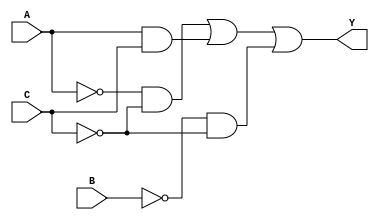
///// ELECTRNICA DIGITAL 1
///// AXEL MAZARIEGOS - 131212
///// 09 - AGOSTO - 2020
/////
///// LABORATORIO 04
///// EJERCIO 04


// EJERCICIO 01_01
// Funcin a implementar: Y = (A' * C') + (A * C) + (B' * C')

module operadores1_1(input wire A, B, C, output wire Y);

  assign Y = (~A & ~C) | (A & C) | (~B & ~C);

endmodule


// EJERCICIO 01_02
// Ecuacin a implementar: Y = B';

module gateLevel1_2(input wire B, output wire Y);

  not (Y, B);

endmodule


// EJERCICIO 01_03
// Ecuacin a implementar:
// Y = (A' * B' * C' * D') + (A' * B' * C * D) + (A' * B * C' * D) + (A' * B * C * D')
//    + (A * B * C' * D') + (A * B * C * D) + (A * B' * C' * D) + (A * B' * C * D');

module gateLevel1_3(input wire A, B, C, D, output wire Y);

  wire notA, notB, notC, notD, a1, a2, a3, a4, a5 ,a6, a7, a8;

  not (notA, A);
  not (notB, B);
  not (notC, C);
  not (notD, D);

  and (a1, notA, notB, notC, notD);
  and (a2, notA, notB,    C,    D);
  and (a3, notA,    B, notC,    D);
  and (a4, notA,    B,    C, notD);
  and (a5,    A,    B, notC, notD);
  and (a6,    A,    B,    C,    D);
  and (a7,    A, notB, notC,    D);
  and (a8,    A, notB,    C, notD);

  or  (Y, a1, a2, a3, a4, a5 ,a6, a7, a8);

  endmodule


// EJERCICIO 01_04
// Funcin a implementar: Y = (B' * D') + (B * D) + (A * B) + (A * C);

module operadores1_4(input wire A, B, C, D, output wire Y);

  assign Y = (~B & ~D) | (B & D) | (A & B) | (A & C);

endmodule



// EJERCICIO 02_01
// Funcin a implementar: Y = (B' * C' * D') + (A * C') + (A * B') + (A * C * D');
module operadores2_1(input wire A, B, C, D, output wire Y);

  assign Y = (~B & ~C & ~D) | (A & ~C) | (A & ~B) | (A & C & ~D);

endmodule


// EJERCICIO 02_02
// Ecuacin a implementar:
// Y = (B' * C') + (C)

module gateLevel2_2(input wire B, C, output wire Y);

  wire notB, notC, a1;

  not (notB, B);
  not (notC, C);

  and (a1, notB, notC);

  or  (Y, a1, C);

endmodule


// EJERCICIO 02_03
// Funcin a implementar: Y = (B) + (C' * D) + (A * D);
module operadores2_3(input wire A, B, C, D, output wire Y);

  assign Y = (B) | (~C & D) | (A & D);

endmodule


// EJERCICIO 02_04
// Ecuacin a implementar:
// Y = (B) + (A' * C')
module gateLevel2_4(input wire A, B, C, output wire Y);

  wire notA, notC, a1;

  not (notA, A);
  not (notC, C);

  and (a1, notA, notC);

  or  (Y, a1, B);

endmodule